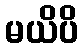
မယိပိ